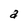
Character: a